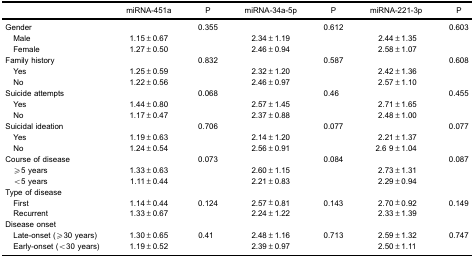
<table><thead><tr><td></td><td><b>miRNA-451a</b></td><td><b>P</b></td><td><b>miRNA-34a-5p</b></td><td><b>P</b></td><td><b>miRNA-221-3p</b></td><td><b>P</b></td></tr></thead><tbody><tr><td>Gender</td><td></td><td>0.355</td><td></td><td>0.612</td><td></td><td>0.603</td></tr><tr><td>Male</td><td>1.15±0.67</td><td></td><td>2.34±1.19</td><td></td><td>2.44±1.35</td><td></td></tr><tr><td>Female</td><td>1.27±0.50</td><td></td><td>2.46±0.94</td><td></td><td>2.58±1.07</td><td></td></tr><tr><td>Family history</td><td></td><td>0.832</td><td></td><td>0.587</td><td></td><td>0.608</td></tr><tr><td>Yes</td><td>1.25±0.59</td><td></td><td>2.32±1.20</td><td></td><td>2.42±1.36</td><td></td></tr><tr><td>No</td><td>1.22±0.56</td><td></td><td>2.46±0.97</td><td></td><td>2.57±1.10</td><td></td></tr><tr><td>Suicide attempts</td><td></td><td>0.068</td><td></td><td>0.46</td><td></td><td>0.455</td></tr><tr><td>Yes</td><td>1.44±0.80</td><td></td><td>2.57±1.45</td><td></td><td>2.71±1.65</td><td></td></tr><tr><td>No</td><td>1.17±0.47</td><td></td><td>2.37±0.88</td><td></td><td>2.48±1.00</td><td></td></tr><tr><td>Suicidal ideation</td><td></td><td>0.706</td><td></td><td>0.077</td><td></td><td>0.077</td></tr><tr><td>Yes</td><td>1.19±0.63</td><td></td><td>2.14±1.20</td><td></td><td>2.21±1.37</td><td></td></tr><tr><td>No</td><td>1.24±0.54</td><td></td><td>2.56±0.91</td><td></td><td>2.6 9±1.04</td><td></td></tr><tr><td>Course of disease</td><td></td><td>0.073</td><td></td><td>0.084</td><td></td><td>0.087</td></tr><tr><td>≥5 years</td><td>1.33±0.63</td><td></td><td>2.60±1.15</td><td></td><td>2.73±1.31</td><td></td></tr><tr><td>&lt;5 years</td><td>1.11±0.44</td><td></td><td>2.21±0.83</td><td></td><td>2.29±0.94</td><td></td></tr><tr><td>Type of disease</td><td></td><td></td><td></td><td></td><td></td><td></td></tr><tr><td>First</td><td>1.14±0.44</td><td>0.124</td><td>2.57±0.81</td><td>0.143</td><td>2.70±0.92</td><td>0.149</td></tr><tr><td>Recurrent</td><td>1.33±0.67</td><td></td><td>2.24±1.22</td><td></td><td>2.33±1.39</td><td></td></tr><tr><td>Disease onset</td><td></td><td></td><td></td><td></td><td></td><td></td></tr><tr><td>Late-onset (≥30 years)</td><td>1.30±0.65</td><td>0.41</td><td>2.48±1.16</td><td>0.713</td><td>2.59±1.32</td><td>0.747</td></tr><tr><td>Early-onset (&lt;30 years)</td><td>1.19±0.52</td><td></td><td>2.39±0.97</td><td></td><td>2.50±1.11</td><td></td></tr></tbody></table>